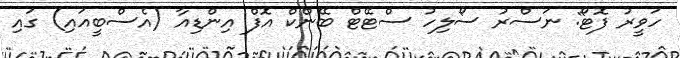
ހަވީރު ފޮޓޯ: ނަސްރު ސޯލިހު ސްޓޭޓް ބޭންކް އޮފް އިންޑިއާ (އެސްބީއައި) ގައި